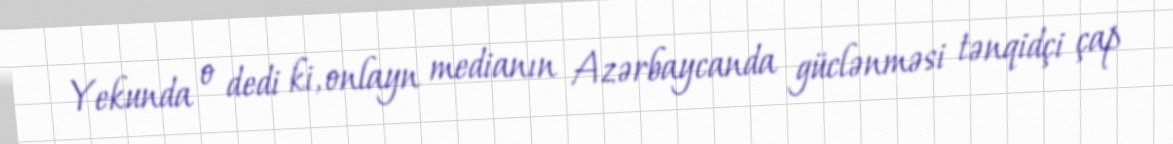
Yekunda o dedi ki, onlayn medianın Azərbaycanda güclənməsi tənqidçi çap